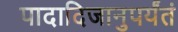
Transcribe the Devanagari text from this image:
पादादिजानुपर्यंतं